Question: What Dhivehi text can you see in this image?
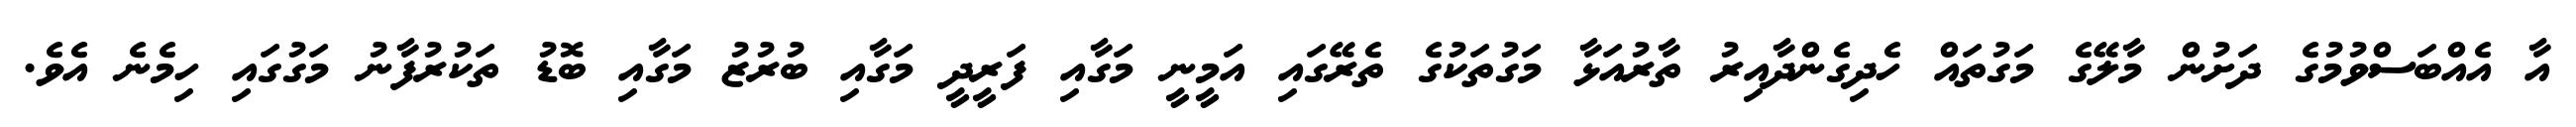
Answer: އާ އެއްބަސްވުމުގެ ދަށުން މާލޭގެ މަގުތައް ހެދިގެންދާއިރު ތާރުއަޅާ މަގުތަކުގެ ތެރޭގައި އަމީނީ މަގާއި ފަރީދީ މަގާއި ބުރުޒު މަގާއި ބޮޑު ތަކުރުފާނު މަގުގައި ހިމެނެ އެވެ.